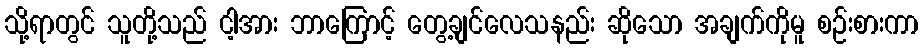
သို့ရာတွင် သူတို့သည် ငါ့အား ဘာကြောင့် တွေ့ချင်လေသနည်း ဆိုသော အချက်ကိုမူ စဉ်းစားကာ